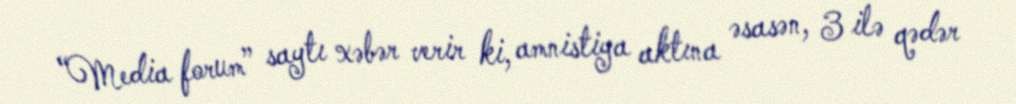
“Media forum” saytı xəbər verir ki, amnistiya aktına əsasən, 3 ilə qədər